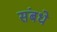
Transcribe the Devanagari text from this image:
संबधे